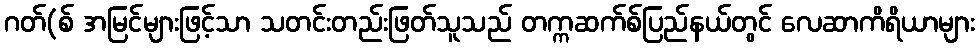
ဂတ်(စ် အမြင်များဖြင့်သာ သတင်းတည်းဖြတ်သူသည် တက္ကဆက်စ်ပြည်နယ်တွင် လေဆာကိရိယာများ